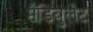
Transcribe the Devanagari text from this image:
मैंडिबुलेट